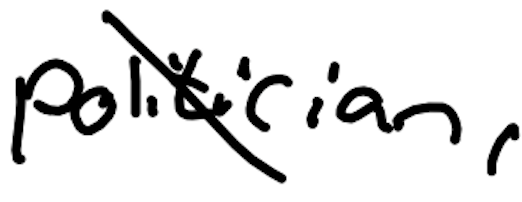
Text: politician,
Cross-out: diagonal
Writing tool: digital_black